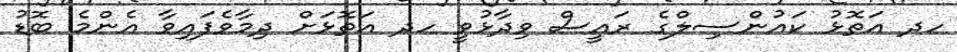
ހދ އަތޮޅު ކައުންސިލްގެ ރައީސް ވިދާޅުވީ ހދ އަތޮޅަށް ދިމާވެފައިވާ އެންމެ ބޮޑު